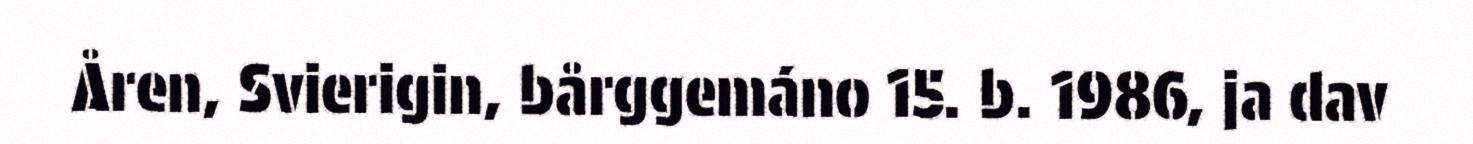
Åren, Svierigin, bårggemáno 15. b. 1986, ja dav